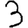
Digit: 3